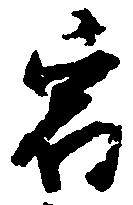
宿